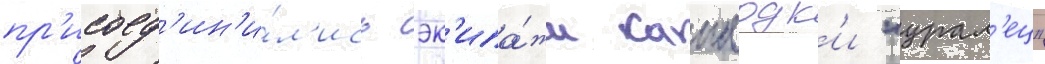
пр'исоед'ин'и́л'ись эк'ипа́жи канлодк'и "урал'ец"